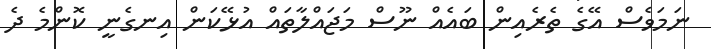
ނަމަވެސް އޭގެ ތެރެއިން ބައެއް ނޫސް މަޖައްލާތައް އުޅޭކަން އިނގެނީ ކޮންމެ ދެ